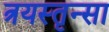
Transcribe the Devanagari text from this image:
त्रयस्तृन्सा